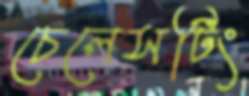
চেলেসটিং